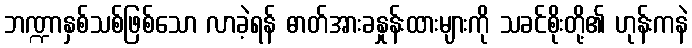
ဘဏ္ဍာနှစ်သစ်ဖြစ်သော လာခဲ့ရန် ဓာတ်အားခနှုန်းထားများကို သခင်စိုးတို့၏ ဟုန်းကနဲ